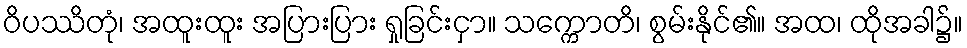
ဝိပဿိတုံ၊ အထူးထူး အပြားပြား ရှုခြင်းငှာ။ သက္ကောတိ၊ စွမ်းနိုင်၏။ အထ၊ ထိုအခါ၌။